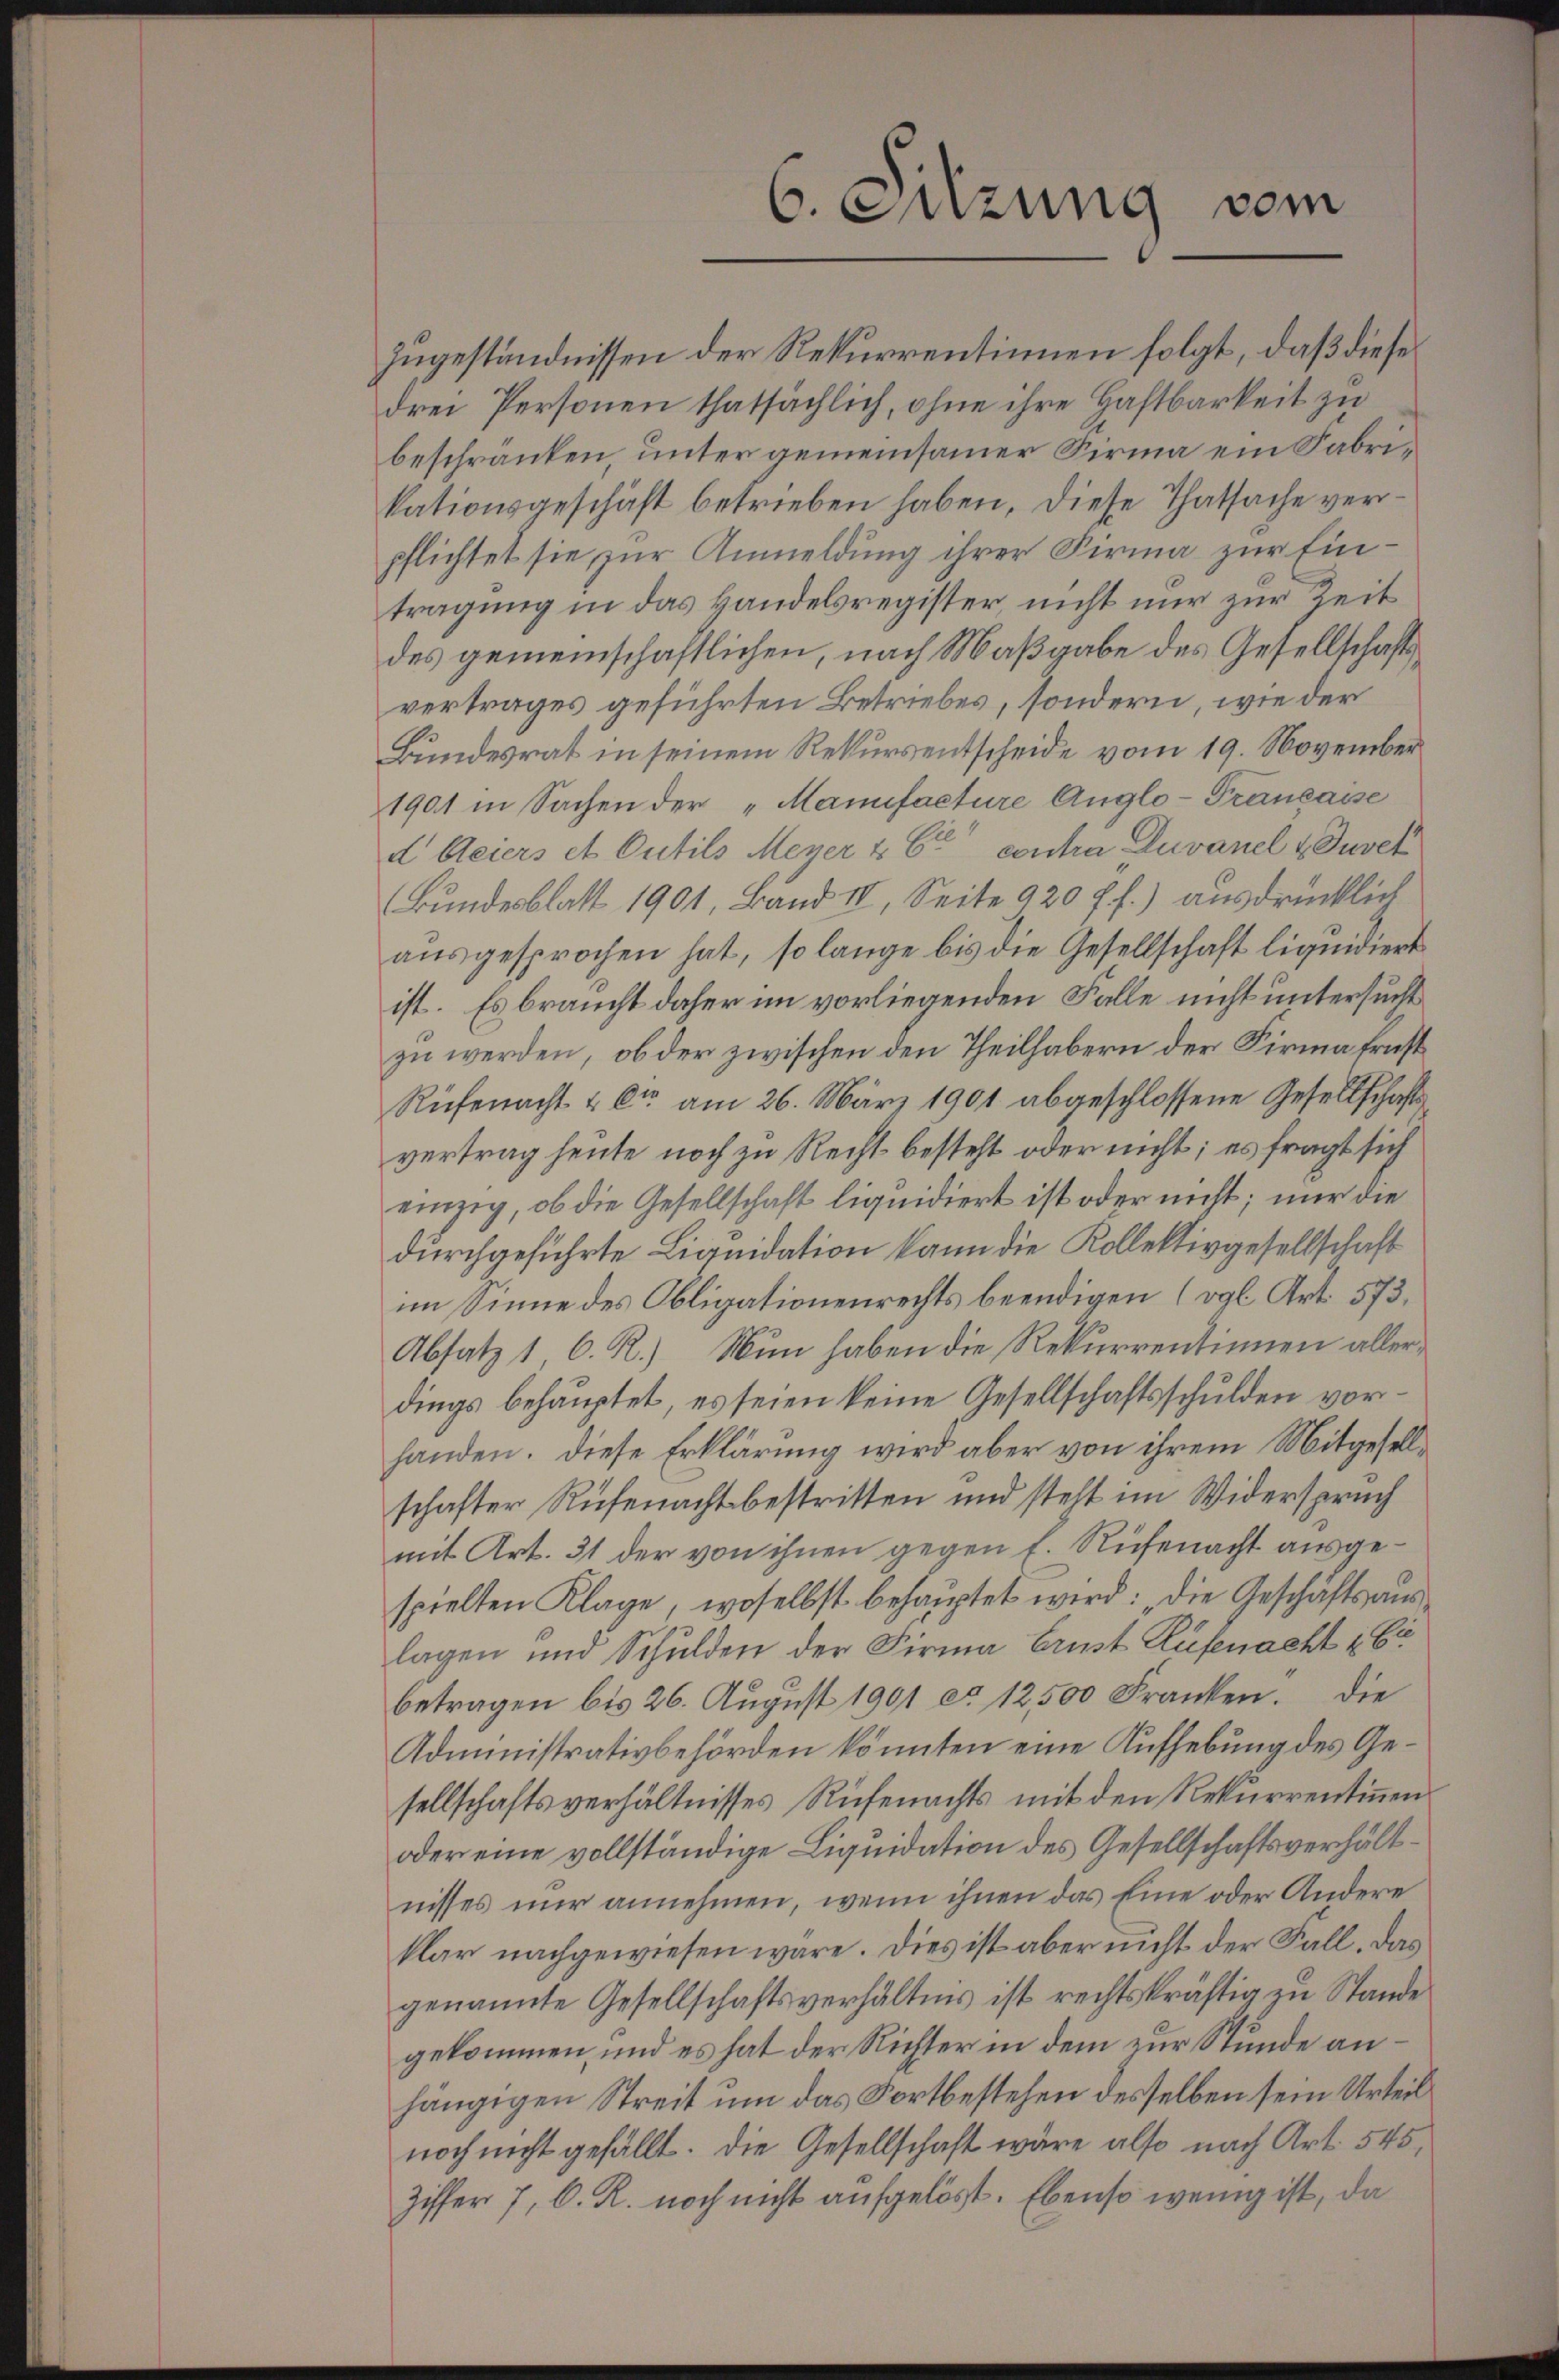
Zugeständnissen der Rekurrentinnen folgt, daß diese
drei Personen thatsächlich, ohne ihre Haftbarkeit zu
beschränken, unter gemeinsamer Firma ein Fabrikationsgeschäft betrieben haben, diese Thatsache verpflichtet sie, zur Anmeldung ihrer Firma zur Eintragung in das Handelsregister nicht nur zur Zeit
des gemeinschaftlichen, nach Maßgabe des Gesellschaftsvertrages geführten Betriebes, sondern, wie der
Bundesrat in seinem Rekursentscheide vom 19. November
1901 in Sachen der "Mamifacture Anglo-Francasse
d Meiers et Outils Meyer & Cie contra Luvanel & Juvek
Bundesblatt 1901, Band IV, Seite 920 ff.) ausdrücklich
ausgesprochen hat, so lange bis die Gesellschaft liquidiert
ist. Es braucht daher im vorliegenden Falle nicht untersucht
zu werden, ob der zwischen den Theilhabern der Firma Ernst
Rüfenacht & kr am 26. März 1901 abgeschlossene Gesellschaftsvertrag heute noch zu Recht besteht oder nicht; es fragt sich
einzig, ob die Gesellschaft liquidiert ist oder nicht; nur die
durchgeführte Liquidation kann die Kollektivgesellschaft
im Sinne des Obligationenrechts beendigen (vgl. Art. 573,
Absatz 1 C. R.) Nun haben die Rekurrentinnen allerdings behauptet, es seien keine Gesellschaftsschulden vorhanden. Diese Erklärung wird aber von ihrem Mitgesellschafter Rüfenacht bestritten und steht im Widerspruch
mit Art. 31 der von ihnen gegen E. Rüfenacht ausgespielten Klage, woselbst behauptet wird: „Die Geschäftsauslagen und Schulden der Firma Erust Küfenacht § 6
betragen bis 26. August 1901 et 12,500 Franken. Die
Administrativbehörden könnten eine Aufhebung des Gesellschaftsverhältnisses Rüfenachts mit den Rekurrentinen
oder eine vollständige Liquidation des Gesellschaftsverhältnisses nur annehmen, wenn ihnen das Eine oder Andere
klar nachgewiesen wäre. Dies ist aber nicht der Fall. Das
genannte Gesellschaftsverhältnis ist rechtskräftig zu Stande
gekommen, und es hat der Richter in dem zur Stunde anhängigen Streit um das Fortbestehen desselben sein Urteil
noch nicht gefällt. Die Gesellschaft wäre also nach Art. 545,
Ziffer 7, C. R. noch nicht aufgelöst. Ebenso wenig ist, da

6. Rizung vom